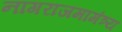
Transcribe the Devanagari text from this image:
नागराजमामंत्र्य